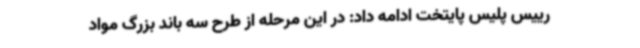
رییس پلیس پایتخت ادامه داد: در این مرحله از طرح سه باند بزرگ مواد